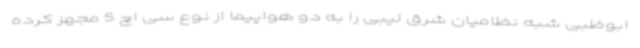
ابوظبی شبه نظامیان شرق لیبی را به دو هواپیما از نوع سی اچ 5 مجهز کرده